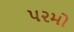
૫૨મો